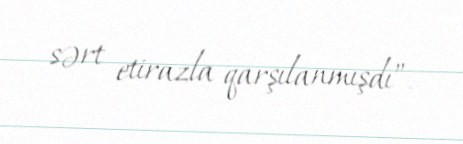
sərt etirazla qarşılanmışdı”.